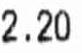
2.20